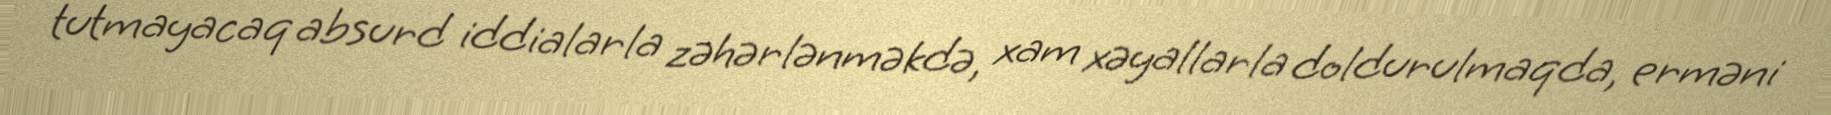
tutmayacaq absurd iddialarla zəhərlənməkdə, xam xəyallarla doldurulmaqda, erməni